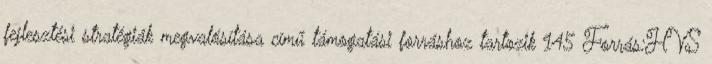
fejlesztési stratégiák megvalósítása című támogatási forráshoz tartozik 145 Forrás:HVS